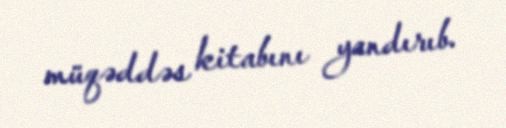
müqəddəs kitabını yandırıb.